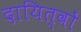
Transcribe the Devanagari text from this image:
दायित्‍वों